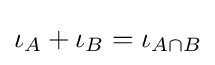
\iota _{A}+\iota _{B}=\iota _{A\cap B}